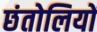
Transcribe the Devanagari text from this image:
छंतोलियों